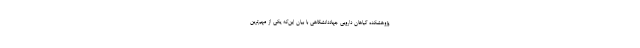
پژوهشکده گیاهان دارویی جهاددانشگاهی با بیان این‌که یکی از مهم‌ترین